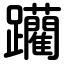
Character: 躪